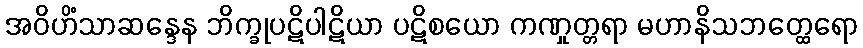
အဝိဟိံသာဆန္ဒေန ဘိက္ခုပဋိပါဋိယာ ပဋိစယော ကဏှုတ္တရာ မဟာနိသဘတ္ထေရော